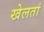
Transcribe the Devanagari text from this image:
खेलतां